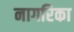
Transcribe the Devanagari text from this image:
नागरिका